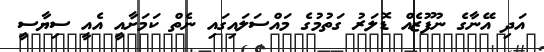
އަދި އޭނާގެ ނުފޫޒެއް ޑޮލަރު ގަތުމުގެ މައްސަލައިގައި ނެތް ކަމަށާއީ އެއީ ސިޔާސީ